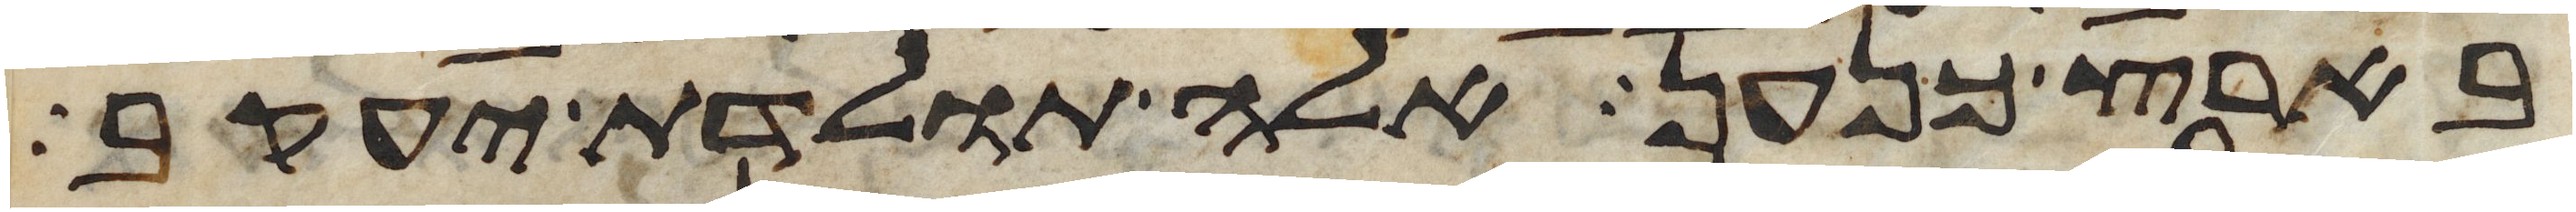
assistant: בארץ כנען אלה תולדת יעקב